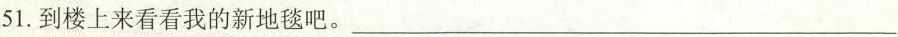
51.到楼上来看看我的新地毯吧。___